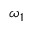
\omega _ { 1 }